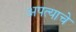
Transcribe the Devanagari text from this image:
अपत्याचे